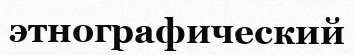
этнографический